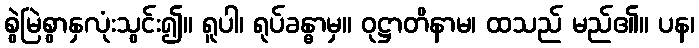
စွဲမြဲစွာနှလုံးသွင်း၍။ ရူပါ၊ ရုပ်ခန္ဓာမှ။ ဝုဋ္ဌာတိနာမ၊ ထသည် မည်၏။ ပန၊